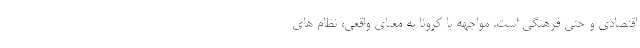
اقتصادی و حتی فرهنگی است. مواجهه با کرونا به معنای واقعی، نظام های